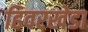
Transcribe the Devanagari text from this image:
हिवरखेडा